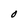
Character: O